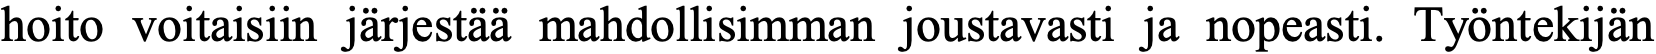
hoito voitaisiin järjestää mahdollisimman joustavasti ja nopeasti. Työntekijän